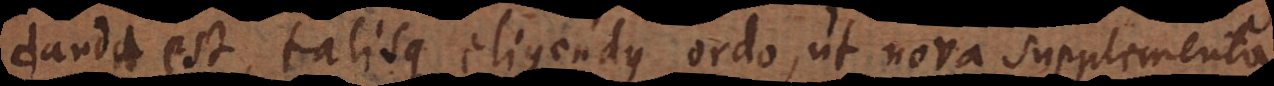
danda est, talisque eligendus ordo, ut nova supplementa